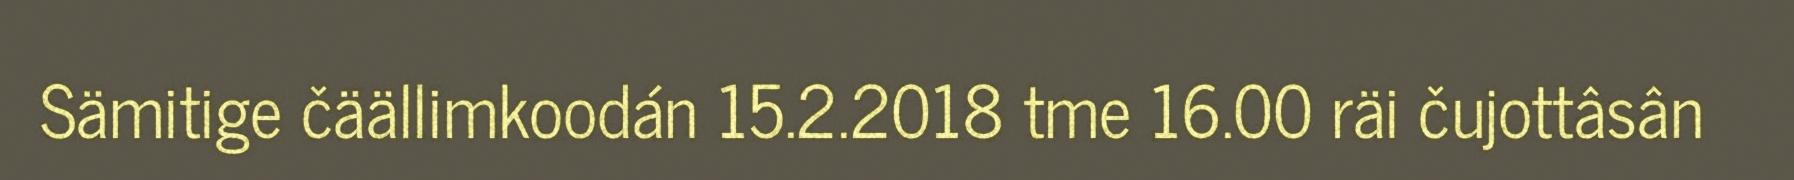
Sämitige čäällimkoodán 15.2.2018 tme 16.00 räi čujottâsân